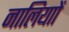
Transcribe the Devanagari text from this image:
नालियाों